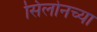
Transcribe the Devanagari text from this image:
सिलोनच्या